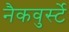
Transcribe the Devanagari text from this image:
नैकवुर्स्टे